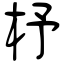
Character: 杼